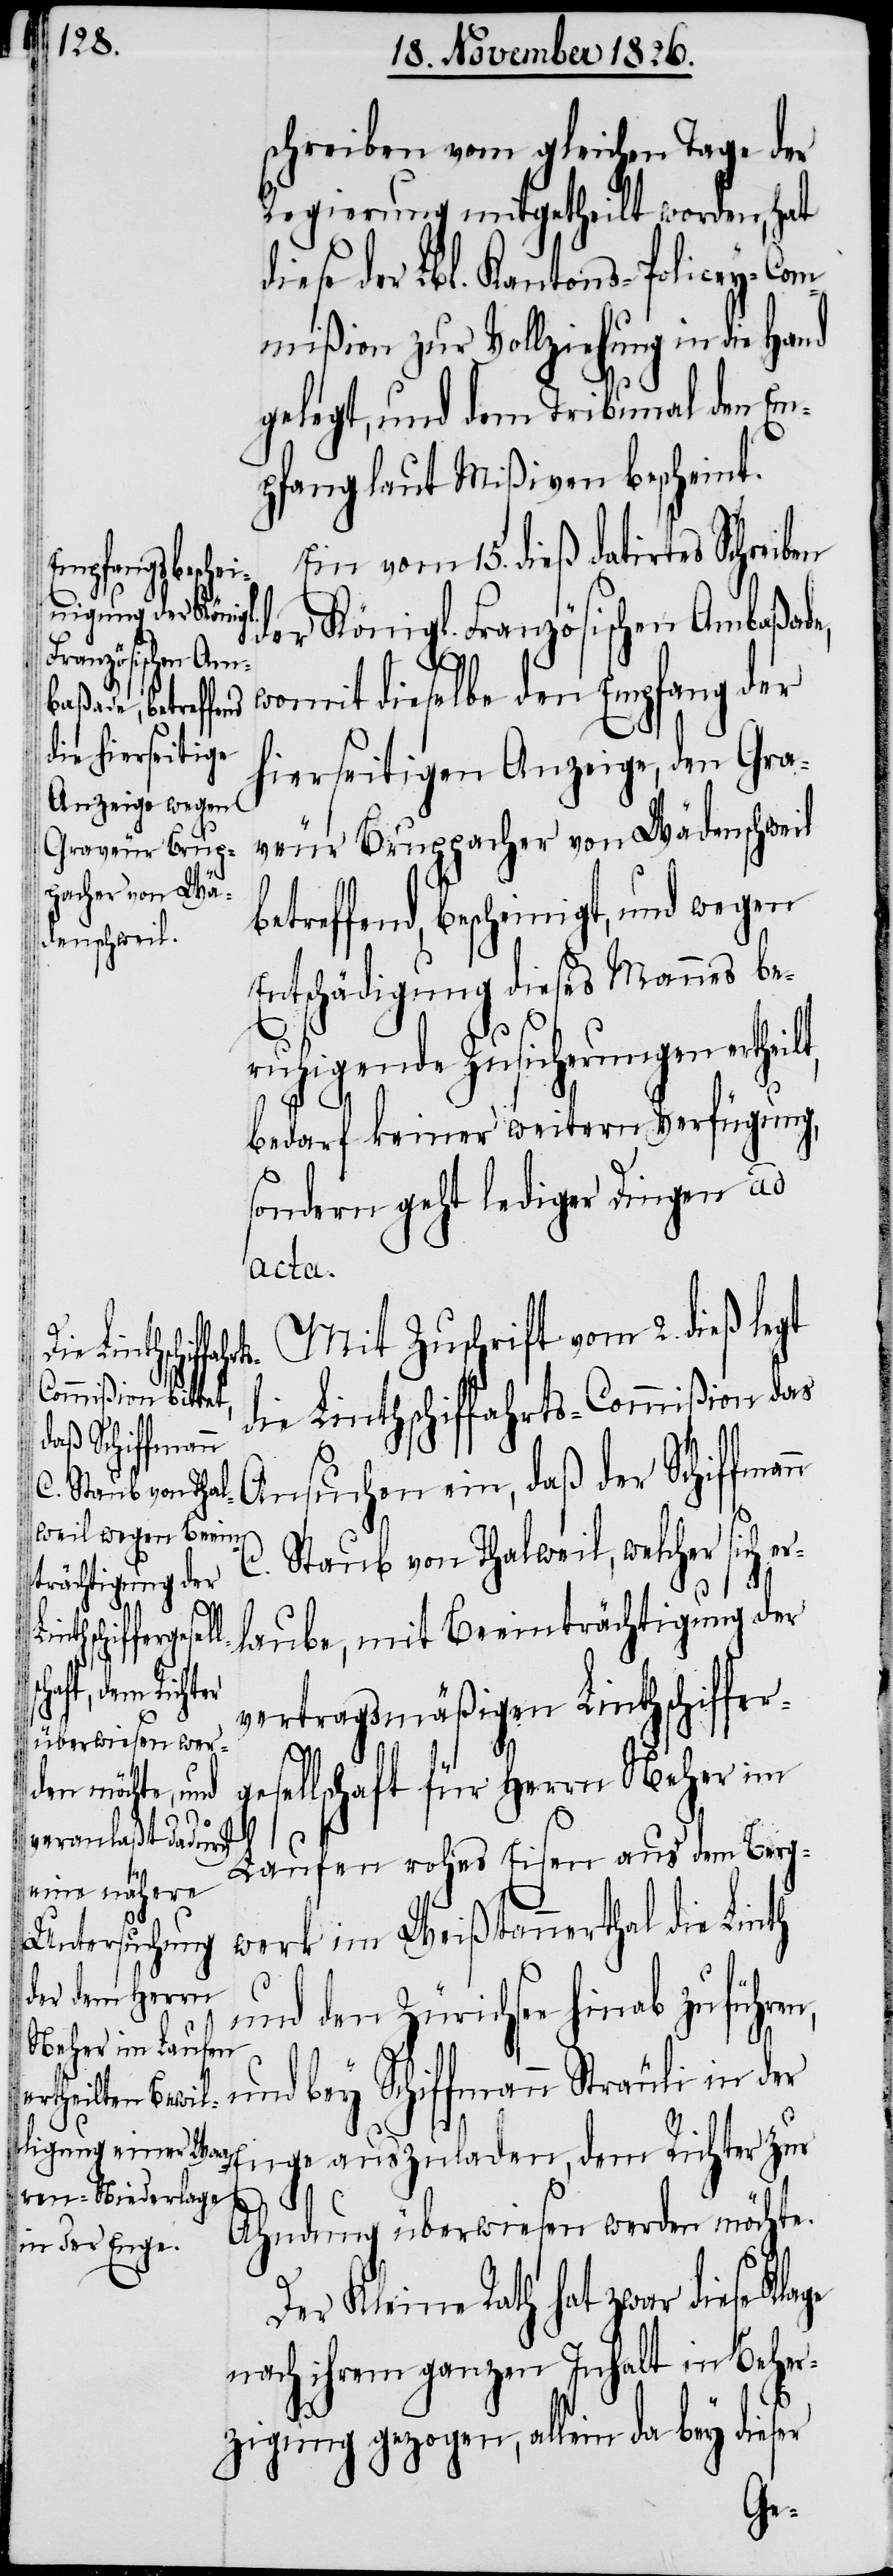
schreiben vom gleichen Tage der
Regierung mitgetheilt worden, hat
diese der Lbl. Kantons-Policey-Com¬
mißion zur Vollziehung in die Hand
gelegt, und dem Tribunal den Em¬
pfang laut Mißiven bescheint.
Ein vom 15. dieß datirtes Schreiben
und wegen
der Königl. Französischen Ambaßade,
womit dieselbe den Empfang der
hierseitigen Anzeige, den Gra¬
veur Bruppacher von Wädenschweil
Entschädigung dieses Mannes be¬
ruhigende Zusicherungen erthei¬
bedarf keiner weitern Verfügung,
sondern geht lediger Dingen ad
acta.
Mit Zuschrift vom 2. dieß legt
bescheinigt,
die Linthschiffahrts-Commißion das
Ansuchen ein, daß der Schiffman¬
C. Staub von Thalweil, welcher sich e¬
rlaube, mit Beeinträchtigung der
betreffend,
vertragsmäßigen Linthschiffer¬
lt,
gesellschaft für Herrn Neher im
Laufen rohes Eisen aus dem Berg¬
werk im Weißtannerthal die Linth
und den Zürichsee hinab zuführen,
n
und bey Schiffmann Sträuli in der
Enge auszuladen, dem Richter zur
Ahndung überwiesen werden möchte.
Der Kleine Rath hat zwar diese Klage
nach ihrem ganzen Inhalt in Beher¬
zigung gezogen, allein da bey dieser